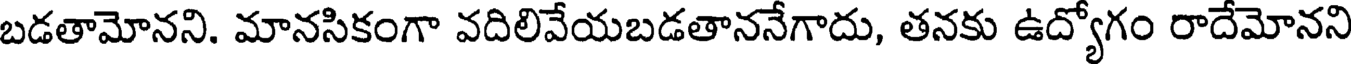
బడతామోనని. మానసికంగా వదిలివేయబడతాననేగాదు, తనకు ఉద్యోగం రాదేమోనని